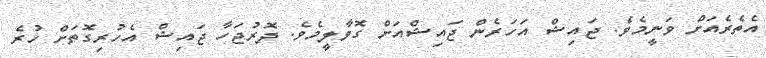
އެތެރެއަށް ވަނީމެވެ. ޖައިޝް އަހަރެން ޖައިޝްއަށް ގޮވާލީމެވެ. ދޮރުޖަހާ ޖައިޝް އެހުރިގޮތަށް ހުރެ